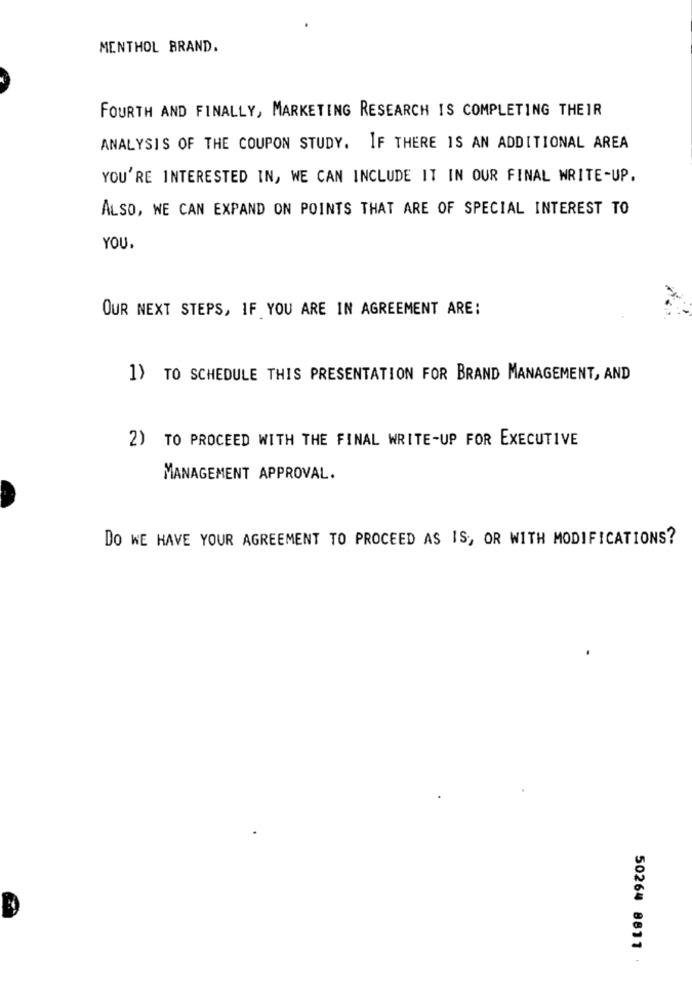
MENTHOL BRAND.
FOURTH AND FINALLY, MARKETING RESEARCH IS COMPLETING THEIR
ANALYSIS OF THE COUPON STUDY. IF THERE IS AN ADDITIONAL AREA
YOU'RE INTERESTED IN, WE CAN INCLUDE IT IN OUR FINAL WRITE-UP.
ALSO, WE CAN EXPAND ON POINTS THAT ARE OF SPECIAL INTEREST TO
YOU.
OUR NEXT STEPS, IF YOU ARE IN AGREEMENT ARE:
1) TO SCHEDULE THIS PRESENTATION FOR BRAND MANAGEMENT, AND
2) TO PROCEED WITH THE FINAL WRITE-UP FOR EXECUTIVE
MANAGEMENT APPROVAL.
DO WE HAVE YOUR AGREEMENT TO PROCEED AS IS, OR WITH MODIFICATIONS?
50264 8811